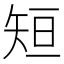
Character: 𮀂